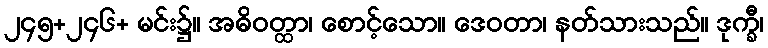
၂၄၅+၂၄၆+ မင်း၌။ အဓိဝတ္ထာ၊ စောင့်သော။ ဒေဝတာ၊ နတ်သားသည်။ ဒုက္ခီ၊